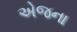
એજના